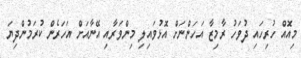
މިއޮއް ހުރިހައި ދުވަހު ރާމިޒާ އަހަންނަށް އޮޅުވައިލި މިންވަރާއި އޭނާއަށް އަހަރެން ކުރަމުންދިޔަ